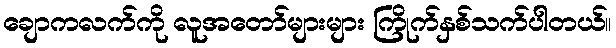
ချောကလက်ကို လူအတော်များများ ကြိုက်နှစ်သက်ပါတယ်။